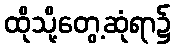
ထိုသို့တွေ့ဆုံရာ၌